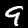
Digit: 9